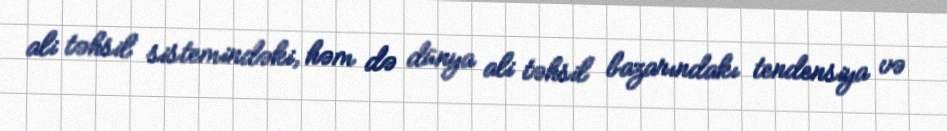
ali təhsil sistemindəki, həm də dünya ali təhsil bazarındakı tendensiya və